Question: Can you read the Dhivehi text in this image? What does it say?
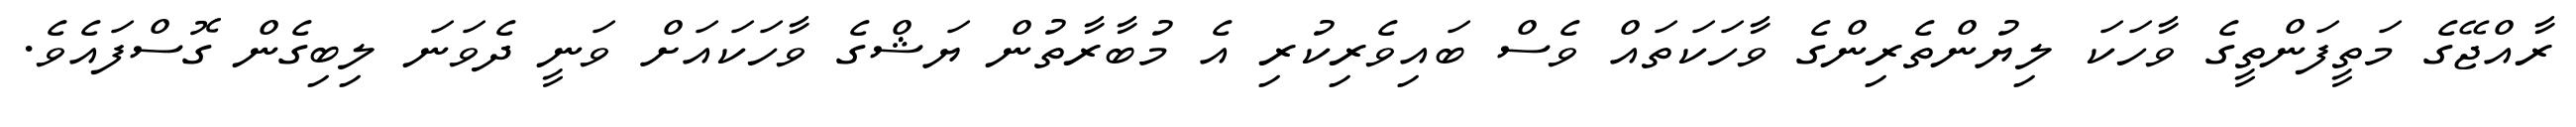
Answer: ރާއްޖޭގެ މަތީފަންތީގެ ވާހަކަ ލިޔުންތެރިންގެ ވާހަކަތައް ވެސް ބައިވެރިކުރި އެ މުބާރާތުން ޔަޝްގެ ވާހަކައަށް ވަނީ ދެވަނަ ލިބިގެން ގޮސްފައެވެ.